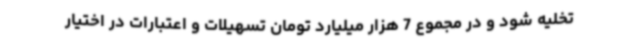
تخلیه شود و در مجموع 7 هزار میلیارد تومان تسهیلات و اعتبارات در اختیار